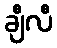
ချီလီ